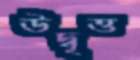
উদ্বৃত্ত